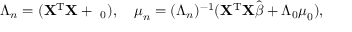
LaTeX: { \boldsymbol { \Lambda } } _ { n } = ( \mathbf { X } ^ { \mathrm { { T } } } \mathbf { X } + \mathbf { \Lambda } _ { 0 } ) , \quad { \boldsymbol { \mu } } _ { n } = ( { \boldsymbol { \Lambda } } _ { n } ) ^ { - 1 } ( \mathbf { X } ^ { \mathrm { { T } } } \mathbf { X } { \hat { \boldsymbol { \beta } } } + { \boldsymbol { \Lambda } } _ { 0 } { \boldsymbol { \mu } } _ { 0 } ) ,